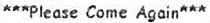
***PLEASE COME AGAIN***